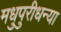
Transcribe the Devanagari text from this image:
मधुपुरीधन्या